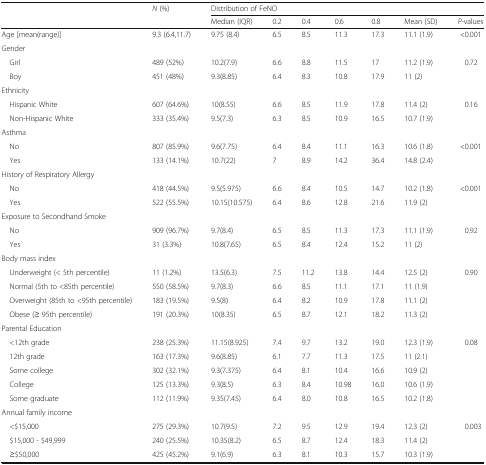
<table><thead><tr><td rowspan="2"></td><td rowspan="2"><b><i>N</i> (%)</b></td><td colspan="7"><b>Distribution of FeNO</b></td></tr><tr><td><b>Median (IQR)</b></td><td><b>0.2</b></td><td><b>0.4</b></td><td><b>0.6</b></td><td><b>0.8</b></td><td><b>Mean (SD)</b></td><td><b><i>P</i>-values</b></td></tr></thead><tbody><tr><td>Age [mean(range)]</td><td>9.3 (6.4,11.7)</td><td>9.75 (8.4)</td><td>6.5</td><td>8.5</td><td>11.3</td><td>17.3</td><td>11.1 (1.9)</td><td>&lt;0.001</td></tr><tr><td colspan="9">Gender</td></tr><tr><td> Girl</td><td>489 (52%)</td><td>10.2(7.9)</td><td>6.6</td><td>8.8</td><td>11.5</td><td>17</td><td>11.2 (1.9)</td><td rowspan="2">0.72</td></tr><tr><td> Boy</td><td>451 (48%)</td><td>9.3(8.85)</td><td>6.4</td><td>8.3</td><td>10.8</td><td>17.9</td><td>11 (2)</td></tr><tr><td colspan="9">Ethnicity</td></tr><tr><td> Hispanic White</td><td>607 (64.6%)</td><td>10(8.55)</td><td>6.6</td><td>8.5</td><td>11.9</td><td>17.8</td><td>11.4 (2)</td><td rowspan="2">0.16</td></tr><tr><td> Non-Hispanic White</td><td>333 (35.4%)</td><td>9.5(7.3)</td><td>6.3</td><td>8.5</td><td>10.9</td><td>16.5</td><td>10.7 (1.9)</td></tr><tr><td colspan="9">Asthma</td></tr><tr><td> No</td><td>807 (85.9%)</td><td>9.6(7.75)</td><td>6.4</td><td>8.4</td><td>11.1</td><td>16.3</td><td>10.6 (1.8)</td><td rowspan="2">&lt;0.001</td></tr><tr><td> Yes</td><td>133 (14.1%)</td><td>10.7(22)</td><td>7</td><td>8.9</td><td>14.2</td><td>36.4</td><td>14.8 (2.4)</td></tr><tr><td colspan="9">History of Respiratory Allergy</td></tr><tr><td> No</td><td>418 (44.5%)</td><td>9.5(5.975)</td><td>6.6</td><td>8.4</td><td>10.5</td><td>14.7</td><td>10.2 (1.8)</td><td rowspan="2">&lt;0.001</td></tr><tr><td> Yes</td><td>522 (55.5%)</td><td>10.15(10.575)</td><td>6.4</td><td>8.6</td><td>12.8</td><td>21.6</td><td>11.9 (2)</td></tr><tr><td colspan="9">Exposure to Secondhand Smoke</td></tr><tr><td> No</td><td>909 (96.7%)</td><td>9.7(8.4)</td><td>6.5</td><td>8.5</td><td>11.3</td><td>17.3</td><td>11.1 (1.9)</td><td rowspan="2">0.92</td></tr><tr><td> Yes</td><td>31 (3.3%)</td><td>10.8(7.65)</td><td>6.5</td><td>8.4</td><td>12.4</td><td>15.2</td><td>11 (2)</td></tr><tr><td colspan="9">Body mass index</td></tr><tr><td> Underweight (&lt; 5th percentile)</td><td>11 (1.2%)</td><td>13.5(6.3)</td><td>7.5</td><td>11.2</td><td>13.8</td><td>14.4</td><td>12.5 (2)</td><td rowspan="4">0.90</td></tr><tr><td> Normal (5th to &lt;85th percentile)</td><td>550 (58.5%)</td><td>9.7(8.3)</td><td>6.6</td><td>8.5</td><td>11.1</td><td>17.1</td><td>11 (1.9)</td></tr><tr><td> Overweight (85th to &lt;95th percentile)</td><td>183 (19.5%)</td><td>9.5(8)</td><td>6.4</td><td>8.2</td><td>10.9</td><td>17.8</td><td>11.1 (2)</td></tr><tr><td> Obese (≥ 95th percentile)</td><td>191 (20.3%)</td><td>10(8.35)</td><td>6.5</td><td>8.7</td><td>12.1</td><td>18.2</td><td>11.3 (2)</td></tr><tr><td colspan="9">Parental Education</td></tr><tr><td> &lt;12th grade</td><td>238 (25.3%)</td><td>11.15(8.925)</td><td>7.4</td><td>9.7</td><td>13.2</td><td>19.0</td><td>12.3 (1.9)</td><td rowspan="5">0.08</td></tr><tr><td> 12th grade</td><td>163 (17.3%)</td><td>9.6(8.85)</td><td>6.1</td><td>7.7</td><td>11.3</td><td>17.5</td><td>11 (2.1)</td></tr><tr><td> Some college</td><td>302 (32.1%)</td><td>9.3(7.375)</td><td>6.4</td><td>8.1</td><td>10.4</td><td>16.6</td><td>10.9 (2)</td></tr><tr><td> College</td><td>125 (13.3%)</td><td>9.3(8.5)</td><td>6.3</td><td>8.4</td><td>10.98</td><td>16.0</td><td>10.6 (1.9)</td></tr><tr><td> Some graduate</td><td>112 (11.9%)</td><td>9.35(7.45)</td><td>6.4</td><td>8.0</td><td>10.8</td><td>16.5</td><td>10.2 (1.8)</td></tr><tr><td colspan="9">Annual family income</td></tr><tr><td> &lt;$15,000</td><td>275 (29.3%)</td><td>10.7(9.5)</td><td>7.2</td><td>9.5</td><td>12.9</td><td>19.4</td><td>12.3 (2)</td><td rowspan="3">0.003</td></tr><tr><td> $15,000 - $49,999</td><td>240 (25.5%)</td><td>10.35(8.2)</td><td>6.5</td><td>8.7</td><td>12.4</td><td>18.3</td><td>11.4 (2)</td></tr><tr><td> ≥$50,000</td><td>425 (45.2%)</td><td>9.1(6.9)</td><td>6.3</td><td>8.1</td><td>10.3</td><td>15.7</td><td>10.3 (1.9)</td></tr></tbody></table>